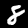
Label: 8